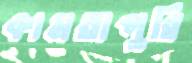
কামতাপুরি